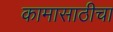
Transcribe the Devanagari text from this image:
कामासाठीचा